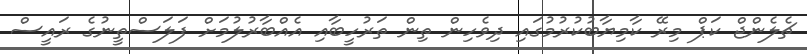
ޗެލެންޖް ކަޕް މިރޭ ކާމިޔާބުކުރުމުގައި ދިވެހިން ތިން ތަރުހީބާއި އެއްބާރުލުމަށް ފަލަސްތީނުގެ ރައީސް